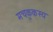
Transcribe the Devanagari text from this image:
मचकुकस्य